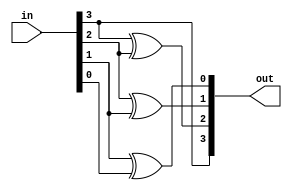
module bcdtogrey_gate (in , out);
	input [0:3] in;
	output [0:3] out;
	
	buf b(out[0], in[0]);
	xor x1( out[1], in[0], in[1]);
	xor x2(out[2], in[1], in[2]);
	xor x3 (out[3], in[2], in[3]);
endmodule


module bcdtogrey_df(in , out);
	output [0:3] out;
	input [0:3] in;
	assign out[0] = in[0];
	assign out[1] = in[0] ^ in[1];
	assign out[2] = in[1] ^ in[2];
	assign out[3] = in[2] ^ in[3];
	
endmodule